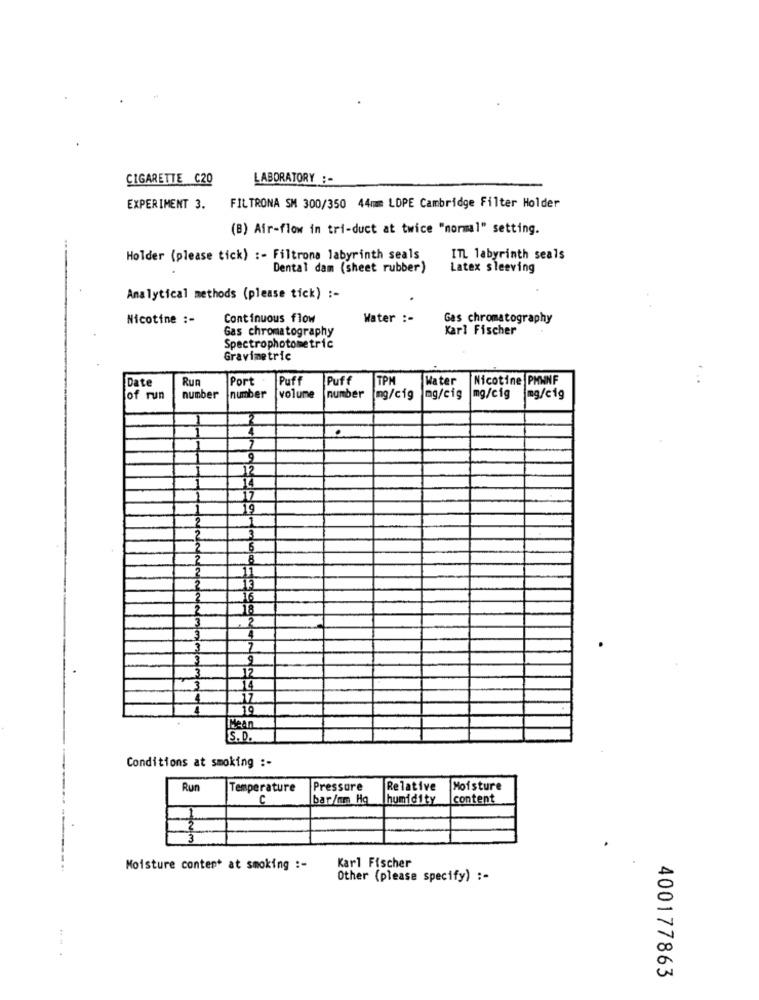
CIGARETTE C20
LABORATORY :-
EXPERIMENT 3.
FILTRONA SM 300/350 44mm LOPE Cambridge Filter Holder
(B) Air-flow in tri-duct at twice "normal" setting.
Holder (please tick) :- Filtrona labyrinth seals
ITL labyrinth seals
Dental dam (sheet rubber)
Latex sleeving
Analytical methods (please tick) :-
Nicotine :-
Continuous flow
Water :-
Gas chromatography
Gas chromatography
Karl Fischer
Spectrophotometric
Gravimetric
Date
Run
Port
Puff
Puff
TPM
Water
Nicotine PHWNF
of run
number
number
volume
number
mg/cig
mg/cig
mg/cig mg/cig
.
19
3
3
4
3
3
4
17
19
Mean
S.D.
Conditions at smoking :-
Run
Temperature
Pressure
Relative
Moisture
C
bar/mm Hg
humidity
content
3
Moisture content at smoking :-
Karl Fischer
Other (please specify) :-
...
400177863